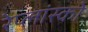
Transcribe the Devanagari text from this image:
रेप्लांस्को